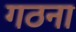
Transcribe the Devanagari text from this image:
गठना